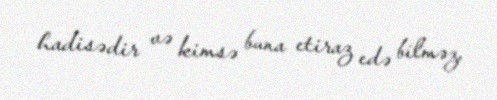
hadisədir və kimsə buna etiraz edə bilməz.